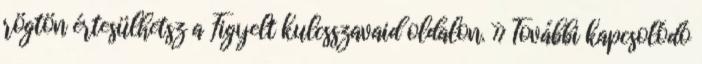
rögtön értesülhetsz a Figyelt kulcsszavaid oldalon. » További kapcsolódó